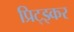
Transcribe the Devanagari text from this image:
प्रिट्झ्कर